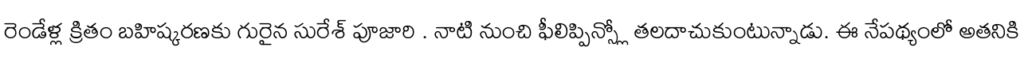
రెండేళ్ల క్రితం బహిష్కరణకు గురైన సురేశ్ పూజారి . నాటి నుంచి ఫీలిప్పిన్స్లో తలదాచుకుంటున్నాడు. ఈ నేపథ్యంలో అతనికి